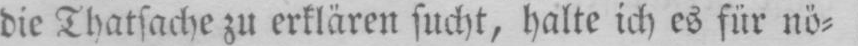
die Thatsache zu erklären sucht, halte ich es für nö⸗